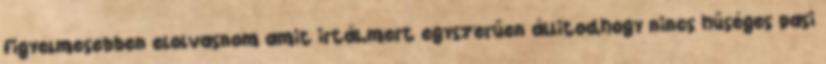
figyelmesebben elolvasnom amit irtál,mert egyszerűen állitod,hogy nincs hűséges pasi